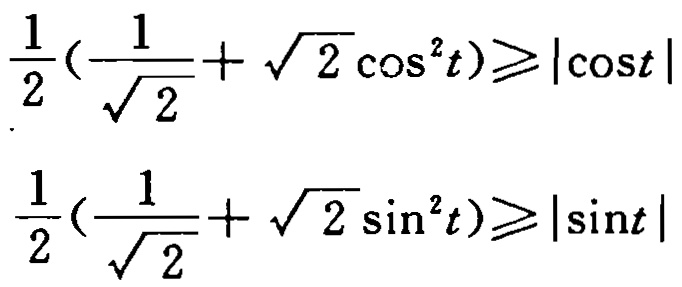
\[\frac{1}{2}(\frac{1}{\sqrt{2}}+\sqrt{2}\cos^{2}t)\geqslant|\cos t|\]
\[\frac{1}{2}(\frac{1}{\sqrt{2}}+\sqrt{2}\sin^{2}t)\geqslant|\sin t|\]